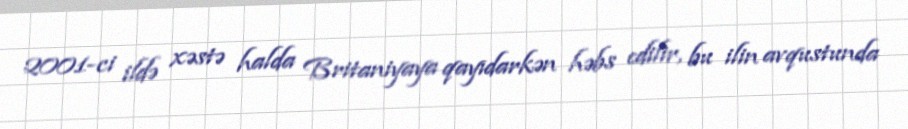
2001-ci ildə xəstə halda Britaniyaya qayıdarkən həbs edilir, bu ilin avqustunda